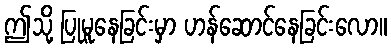
ဤသို့ ပြုမူနေခြင်းမှာ ဟန်ဆောင်နေခြင်းလော။